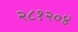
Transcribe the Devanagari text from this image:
२८१२०४